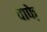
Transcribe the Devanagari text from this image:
वाफे़